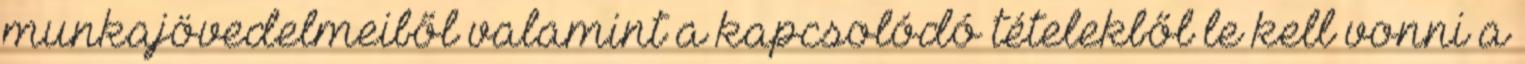
munkajövedelmeiből valamint a kapcsolódó tételekből le kell vonni a